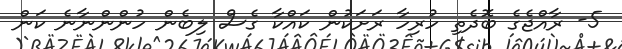
5- ރާއްޖެގެ ބޮދެތި ހުރިހާ ރަށަކުން ކައްކާ ގެސް ލިބެން ހުންންނާނެ ކަން